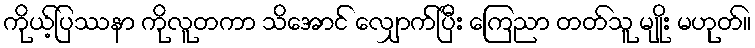
ကိုယ့်ပြဿနာ ကိုလူတကာ သိအောင် လျှောက်ပြီး ကြေညာ တတ်သူ မျိုး မဟုတ်။